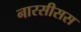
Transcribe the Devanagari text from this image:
नारसीसस